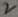
Text: 2